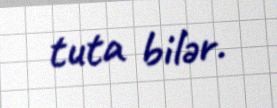
tuta bilər.